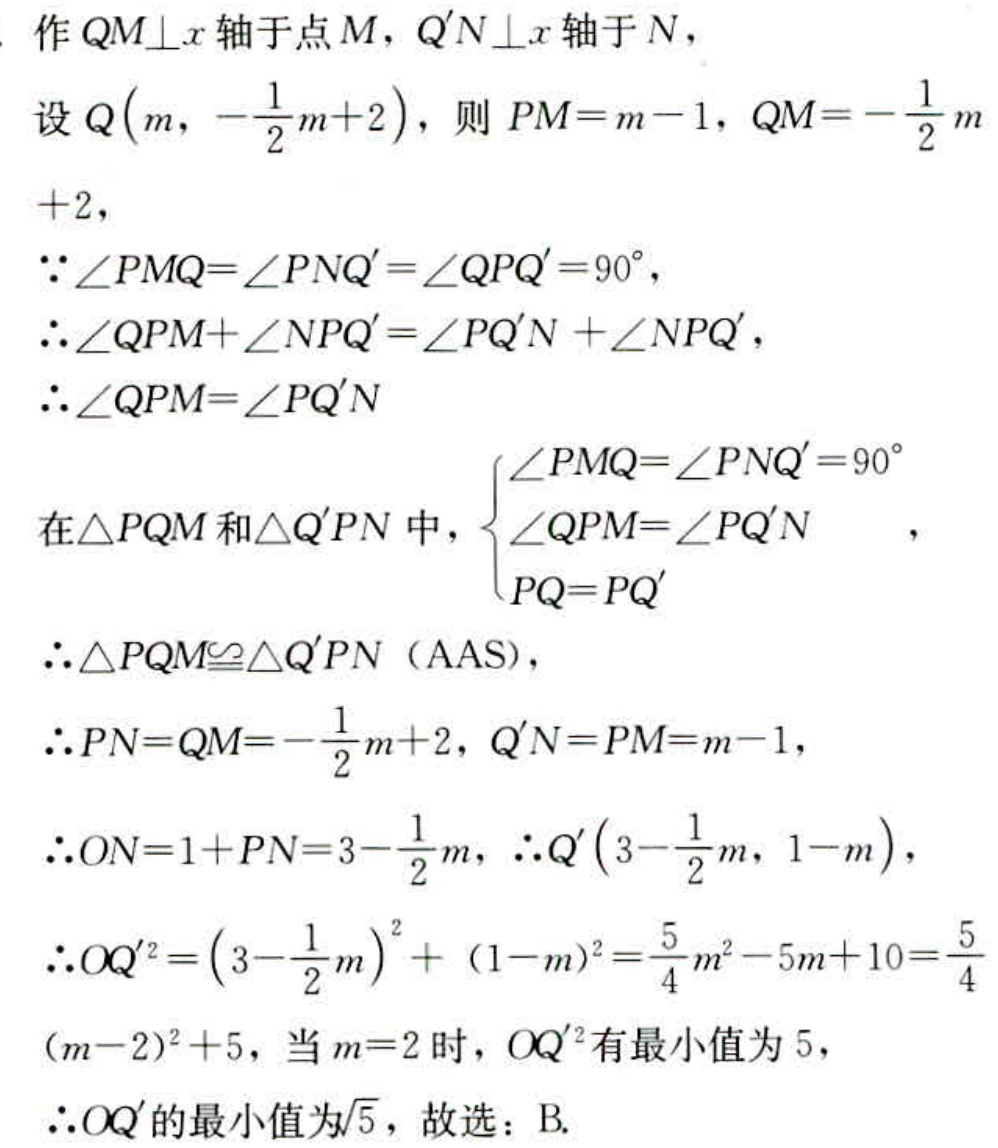
作 \(QM\perp x\) 轴于点 \(M\)，\(Q'N\perp x\) 轴于 \(N\)，
设 \(Q\left(m,-\frac{1}{2}m + 2\right)\)，则 \(PM = m - 1\)，\(QM=-\frac{1}{2}m+2\)，
\(\because\angle PMQ=\angle PNQ'=\angle PQQ' = 90^{\circ}\)，
\(\therefore\angle QPM+\angle NPQ'=\angle PQ'N+\angle NPQ'\)，
\(\therefore\angle QPM=\angle PQ'N\)
在 \(\triangle PQM\) 和 \(\triangle Q'PN\) 中，\(\begin{cases}\angle PMQ=\angle PNQ' = 90^{\circ}\\\angle QPM=\angle PQ'N\\PQ = PQ'\end{cases}\)，
\(\therefore\triangle PQM\cong\triangle Q'PN\)（AAS），
\(\therefore PN = QM=-\frac{1}{2}m + 2\)，\(Q'N = PM = m - 1\)，
\(\therefore ON=1 + PN=3-\frac{1}{2}m\)，\(\therefore Q'\left(3-\frac{1}{2}m,1 - m\right)\)，
\(\therefore OQ'^{2}=\left(3-\frac{1}{2}m\right)^{2}+(1 - m)^{2}=\frac{5}{4}m^{2}-5m + 10=\frac{5}{4}(m - 2)^{2}+5\)，当 \(m = 2\) 时，\(OQ'^{2}\) 有最小值为 \(5\)，
\(\therefore OQ'\) 的最小值为 \(\sqrt{5}\)，故选：B.